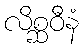
လိစ္ဆဝီနံ